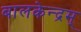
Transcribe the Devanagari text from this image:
बालकेन्द्रम्